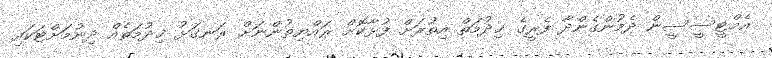
އެމްޓީސީސީން ދެމުންގެންދާ ފެރީގެ ޚިދުމަތް އިތުރަށް ފުޅާކޮށް ރައްޔިތުންނަށް ރަނގަޅު ޚިދުމަތެއް ދިނުމަށްޓަކައި